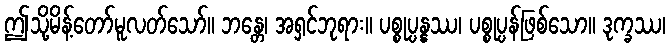
ဤသို့မိန့်တော်မူလတ်သော်။ ဘန္တေ၊ အရှင်ဘုရား။ ပစ္စုပ္ပန္နဿ၊ ပစ္စုပ္ပန်ဖြစ်သော။ ဒုက္ခဿ၊